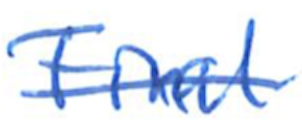
Text: Final
Cross-out: single-line
Writing tool: ballpoint